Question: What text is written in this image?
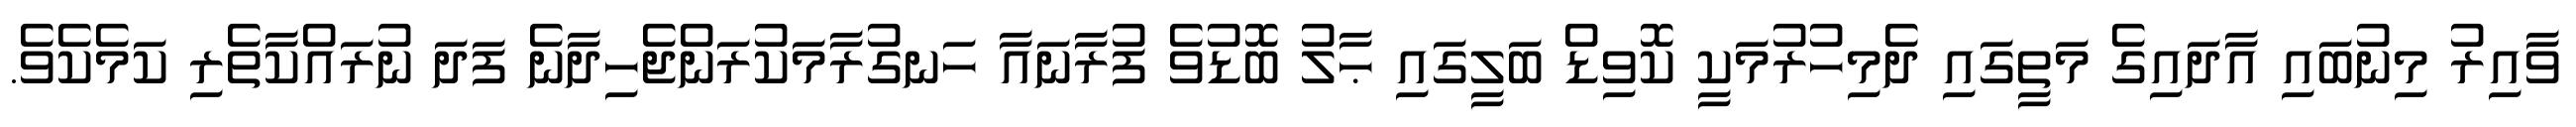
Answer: ވާއިރު މިނުބައި އާދައިގެ މަތީގައި ދެމިހުރުމަކީ ކޮވިޑް ބަލީގައި ޙާލު ބޮޑުވެ ފުރާނައާ ހަނގުރާމަކުރަންޖެހިދާނެ ފަދަ ނުރައްކާތެރި ކަމެކެވެ.